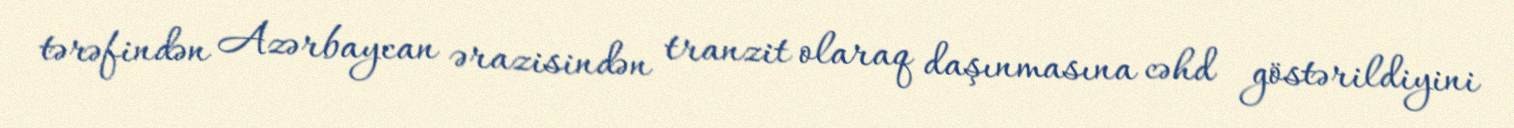
tərəfindən Azərbaycan ərazisindən tranzit olaraq daşınmasına cəhd göstərildiyini